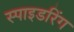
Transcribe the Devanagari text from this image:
स्पाइडरिंग